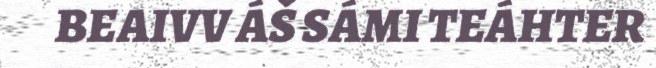
BEAIVV ÁŠ SÁMI TEÁHTER